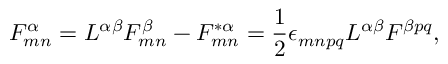
{ \cal F } _ { m n } ^ { \alpha } = { \cal L } ^ { \alpha \beta } F _ { m n } ^ { \beta } - F _ { m n } ^ { * \alpha } = { \frac { 1 } { 2 } } \epsilon _ { m n p q } { \cal L } ^ { \alpha \beta } { \cal F } ^ { \beta p q } ,